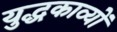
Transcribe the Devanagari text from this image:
युद्धकाव्यों